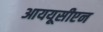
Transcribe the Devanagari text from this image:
आययूसीएन